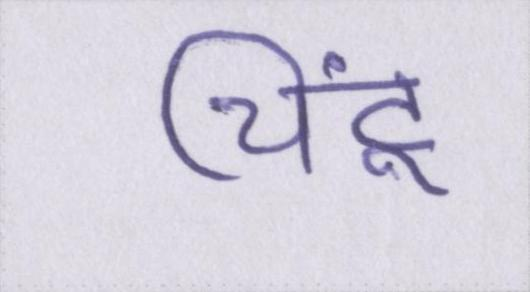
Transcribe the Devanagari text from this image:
चिंटू